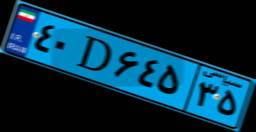
۴۰D۶۴۵۳۵